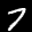
Label: 7